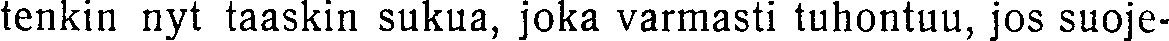
tenkin nyt taaskin sukua, joka varmasti tuhontuu, jos suoje-